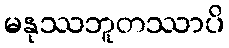
မနုဿဘူတဿာပိ